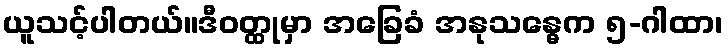
ယူသင့်ပါတယ်။ဒီဝတ္ထုမှာ အခြေခံ အနုသန္ဓေက ၅-ဂါထာ၊